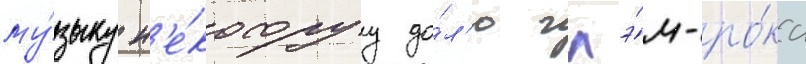
му́зыку н'е́которуу до́л'ю глэ́м-ро́ка